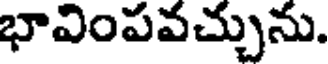
భావింపవచ్చును.